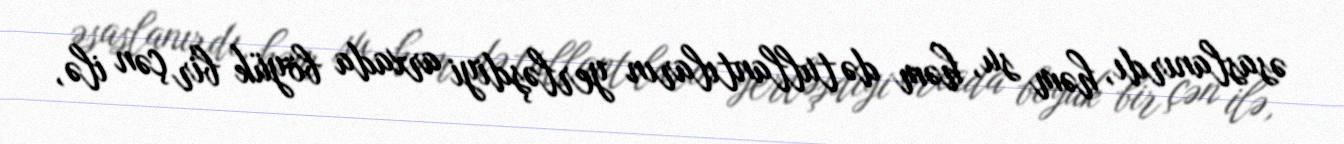
əsaslanırdı, həm su, həm də tullantıların yerləşdiyi arxada böyük bir çən ilə,